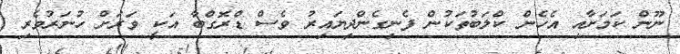
ނޫން ކަމަށާއި އެހެން ކްލަބުތަކުން ފެނިގެންދިޔައިރު ވެސް ޑްރޮގްބާ އަކީ ވަރަށް ހުނަރުވެރި